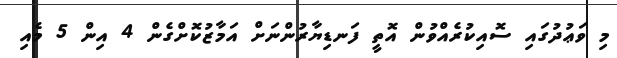
މި ވަޢުދުގައި ސޮއިކުރެއްވުން އޮތީ ފަނޑިޔާރުންނަށް އަމާޒުކޮށްގެން 4 އިން 5 މެއި